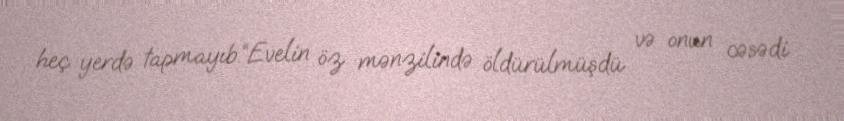
heç yerdə tapmayıb.“Evelin öz mənzilində öldürülmüşdü və onun cəsədi